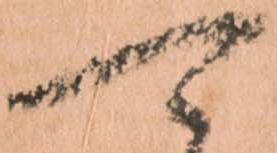
可